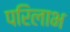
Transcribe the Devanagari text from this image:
परिलाभ